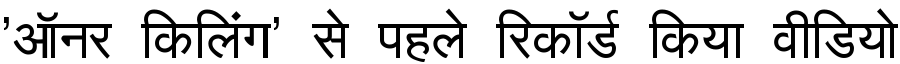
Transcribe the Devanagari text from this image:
'ऑनर किलिंग' से पहले रिकॉर्ड किया वीडियो